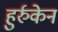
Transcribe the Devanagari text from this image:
हुर्रुकेन